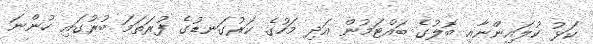
ކަޅު ކުލައިންނާއި ބޮލުގެ ބައްޓަމުން އަދި މަހުގެ ކަރުގަނޑުގެ ފުރަތަމަ ބުރުގައި ހުންނަ